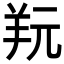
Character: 𦍘